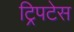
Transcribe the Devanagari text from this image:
ट्रिपटेस